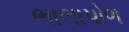
ભાલાપોળ